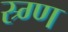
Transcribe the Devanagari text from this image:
स्र्ग्ण